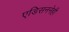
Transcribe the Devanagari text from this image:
एडिसननेही